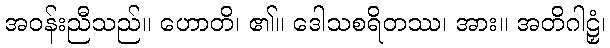
အဝန်းညီသည်။ ဟောတိ၊ ၏။ ဒေါသစရိတဿ၊ အား။ အတိဂါဠှံ၊